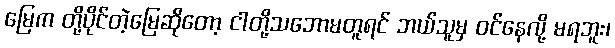
မြေက တို့ပိုင်တဲ့မြေဆိုတော့ ငါတို့သဘောမတူရင် ဘယ်သူမှ ဝင်နေလို့ မရဘူး၊